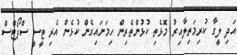
އަދި ލީގާ ކުރިމަތިލާއިރު މޮޅެތި ކުޅުންތެރިން ހިމަނައިގެން ކުޅެން އެރި ޓީސީ ސްޕޯޓްސް